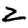
Digit: 2